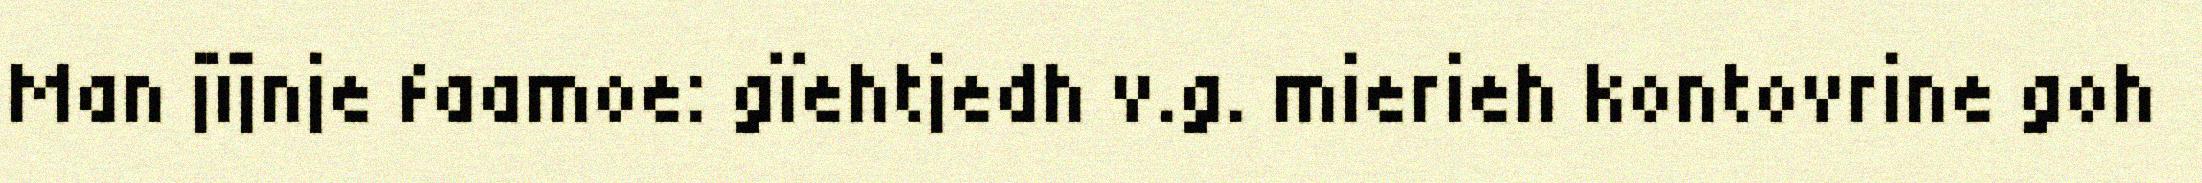
Man jïjnje faamoe: gïehtjedh v.g. mierieh kontovrine goh